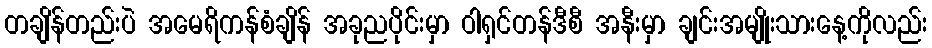
တချိန်တည်းပဲ အမေရိကန်စံချိန် အခုညပိုင်းမှာ ဝါရှင်တန်ဒီစီ အနီးမှာ ချင်းအမျိုးသားနေ့ကိုလည်း